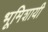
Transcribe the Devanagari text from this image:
भूमिशायी